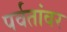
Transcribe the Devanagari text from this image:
पर्वतांवर